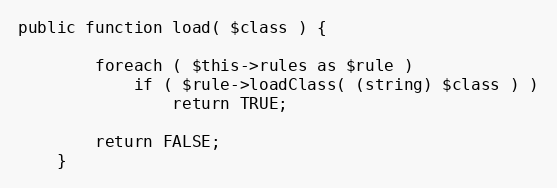
Language: PHP
public function load( $class ) {

		foreach ( $this->rules as $rule )
			if ( $rule->loadClass( (string) $class ) )
				return TRUE;

		return FALSE;
	}